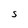
Character: S